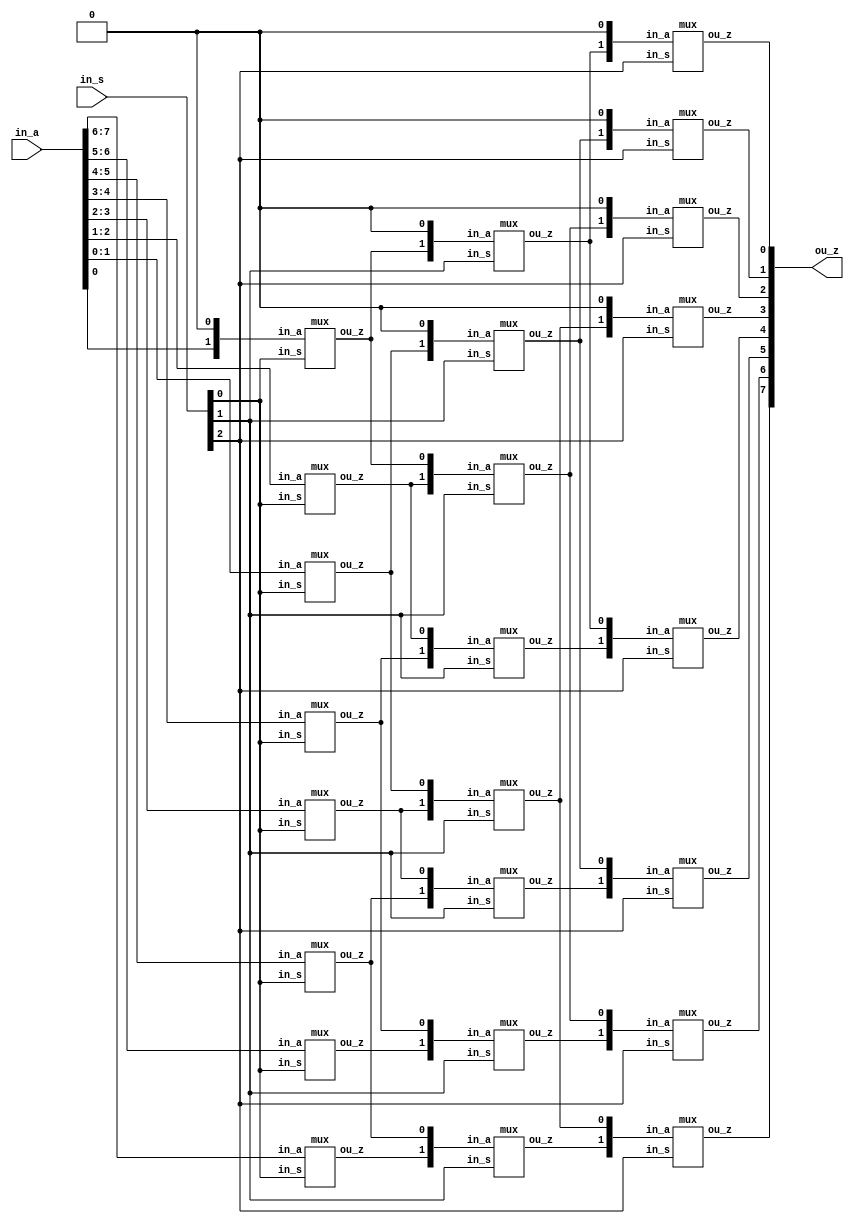
module barrel_shifter_8b(in_a, in_s, ou_z);
	input [7:0] in_a;
	input [2:0] in_s;
	output[7:0] ou_z;
	wire [7:0] wA, wB;
	
	mux m1_0({in_a[7], in_a[6]}, in_s[0], wA[7]);
	mux m1_1({in_a[6], in_a[5]}, in_s[0], wA[6]);
	mux m1_2({in_a[5], in_a[4]}, in_s[0], wA[5]);
	mux m1_3({in_a[4], in_a[3]}, in_s[0], wA[4]);
	mux m1_4({in_a[3], in_a[2]}, in_s[0], wA[3]);
	mux m1_5({in_a[2], in_a[1]}, in_s[0], wA[2]);
	mux m1_6({in_a[1], in_a[0]}, in_s[0], wA[1]);
	mux m1_7({in_a[0], 1'b0   }, in_s[0], wA[0]);
	
	mux m2_0({wA[7], wA[5]}, in_s[1], wB[7]);
	mux m2_1({wA[6], wA[4]}, in_s[1], wB[6]);
	mux m2_2({wA[5], wA[3]}, in_s[1], wB[5]);
	mux m2_3({wA[4], wA[2]}, in_s[1], wB[4]);
	mux m2_4({wA[3], wA[1]}, in_s[1], wB[3]);
	mux m2_5({wA[2], wA[0]}, in_s[1], wB[2]);
	mux m2_6({wA[1], 1'b0 }, in_s[1], wB[1]);
	mux m2_7({wA[0], 1'b0 }, in_s[1], wB[0]);
	
	mux m3_0({wB[7], wB[3]}, in_s[2], ou_z[7]);
	mux m3_1({wB[6], wB[2]}, in_s[2], ou_z[6]);
	mux m3_2({wB[5], wB[1]}, in_s[2], ou_z[5]);
	mux m3_3({wB[4], wB[0]}, in_s[2], ou_z[4]);
	mux m3_4({wB[3], 1'b0 }, in_s[2], ou_z[3]);
	mux m3_5({wB[2], 1'b0 }, in_s[2], ou_z[2]);
	mux m3_6({wB[1], 1'b0 }, in_s[2], ou_z[1]);
	mux m3_7({wB[0], 1'b0 }, in_s[2], ou_z[0]);
endmodule


module mux (in_a, in_s, ou_z);
	input[1:0] in_a;
	input in_s;
	output ou_z;
	
	assign ou_z = (in_s == 1'b1)? in_a[0] : in_a[1];
endmodule